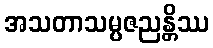
အသတာသမ္ပဇညန္တိဿ